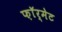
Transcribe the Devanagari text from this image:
फ़ाॅर्मेट